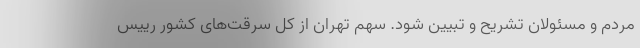
مردم و مسئولان تشریح و تبیین شود. سهم تهران از کل سرقت‌های کشور رییس